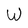
Character: W